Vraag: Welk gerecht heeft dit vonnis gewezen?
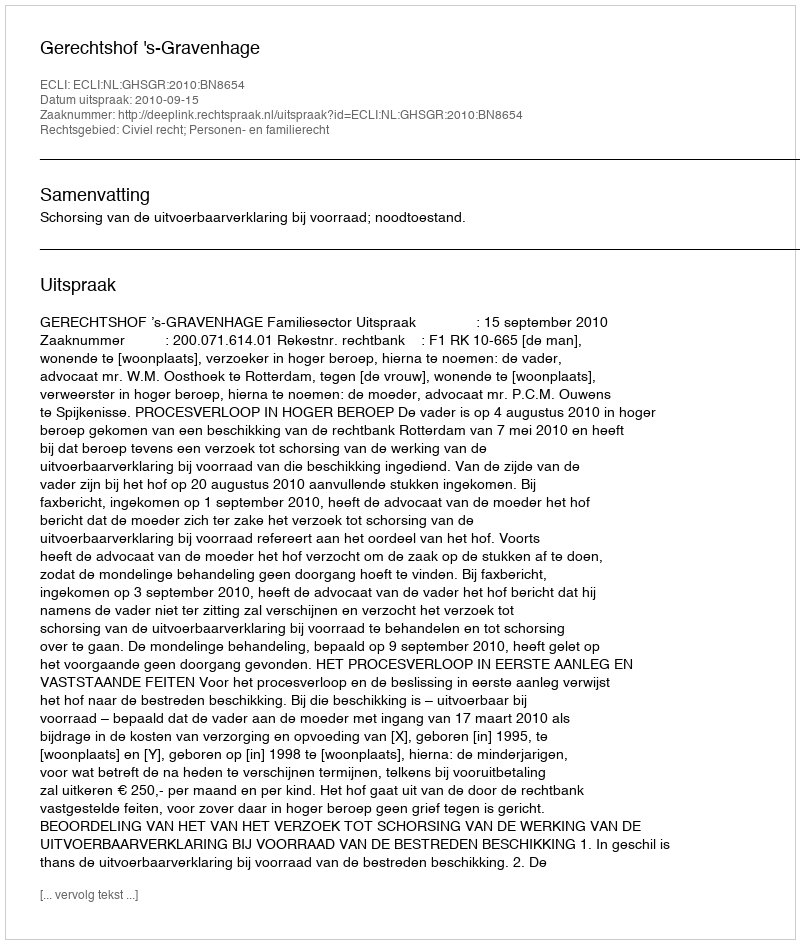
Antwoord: Gerechtshof 's-Gravenhage